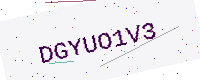
Text: DGYUO1V3